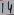
Text: 14